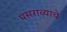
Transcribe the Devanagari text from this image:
पसराव्याचे